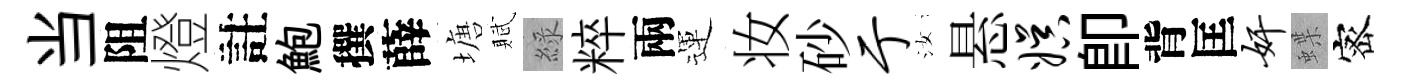
当阻燈註鮑撰薛塘賦綠粹兩運妆砂亍汝悬娱即背匡奸蝶宻